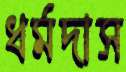
ধর্মদাস